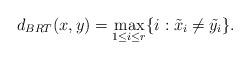
LaTeX: \begin{align*} d_{BRT} (x,y) = \max_{1\le i \le r} \{i : \tilde x_i \ne \tilde y_i \}.\end{align*}